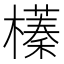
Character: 𣝾